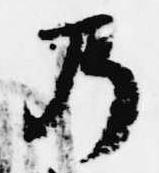
乃